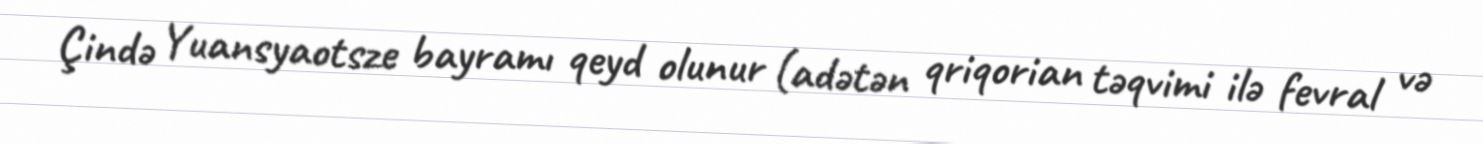
Çində Yuansyaotsze bayramı qeyd olunur (adətən qriqorian təqvimi ilə fevral və